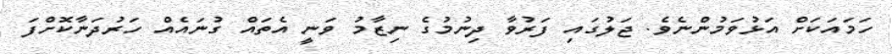
ހަމައަކަށް އަޅުވަމުންނެވެ. ޖަލުގައި ފަރުވާ ދިނުމުގެ ނިޒާމު ވަނީ އެތައް ގުނައެއް ހަރުދަނާކޮށްފަ